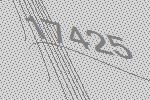
17425